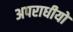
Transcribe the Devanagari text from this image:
अपराधीयों